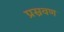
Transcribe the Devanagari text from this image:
प्रस्रवण